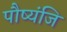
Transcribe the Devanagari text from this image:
पौष्यंजि